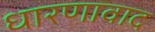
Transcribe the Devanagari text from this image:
धारणावाद